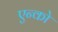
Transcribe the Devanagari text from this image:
एन्को